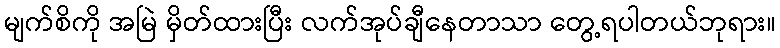
မျက်စိကို အမြဲ မှိတ်ထားပြီး လက်အုပ်ချီနေတာသာ တွေ့ရပါတယ်ဘုရား။